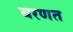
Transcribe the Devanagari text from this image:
बरणत